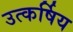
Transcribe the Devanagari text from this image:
उत्कर्षिय